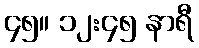
၄၅။ ၁၂:၄၅ နာရီ